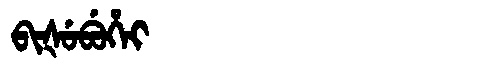
Manchu: ᠪᡳᡧᡠᠪᡠᡥᡝᡳ
Romanization: BIŠUBUHEI